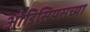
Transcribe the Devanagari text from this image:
ओडिसियसच्या